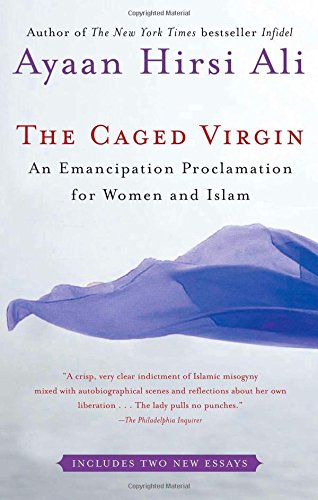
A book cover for The Caged Virgin: An Emancipation Proclamation for Women and Islam; Ayaan Hirsi Ali; Religion & Spirituality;